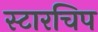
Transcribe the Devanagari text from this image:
स्टारचिप